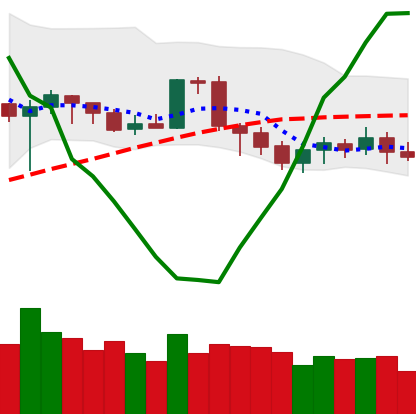
Ticker: BTC-USD
Chart end date: 2020-07-03
Forward return: 3.753%
Label: up_3_5